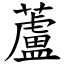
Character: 蘆